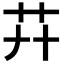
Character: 𦬠